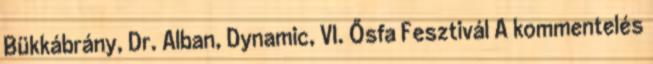
Bükkábrány, Dr. Alban, Dynamic, VI. Ősfa Fesztivál A kommentelés